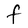
Character: F